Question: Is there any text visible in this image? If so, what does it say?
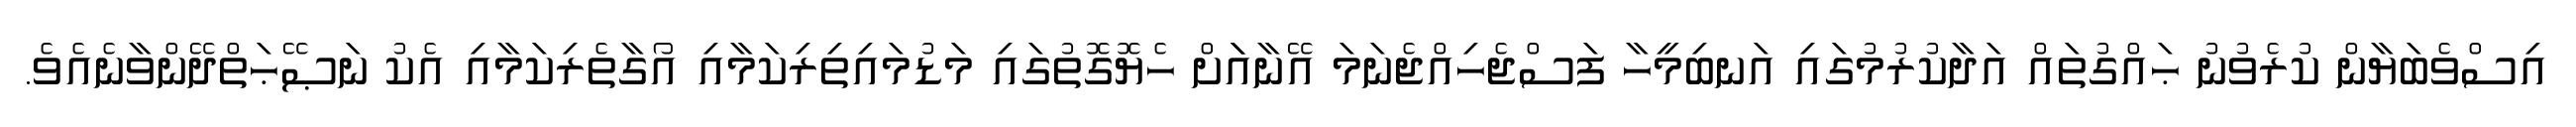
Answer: އިސްވެބަޔާން ކުރެވުނު ޙައްގުތައް އަދާކުރުމުގައި އަނބިމީހާ ފަސްޖެހިއްޖެނަމަ އޭނާއަަށް ހެޔޮގޮތުގައި މަޑުމައިތިރިކަމާއި އޯގާތެރިކަމާއި އެކު ނަޞޭޙަތްދޭންވާނެއެވެ.